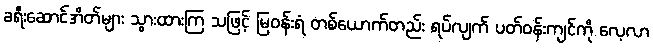
ခရီးဆောင်အိတ်များ သွားထားကြ သဖြင့် မြဝန်းရံ တစ်ယောက်တည်း ရပ်လျက် ပတ်ဝန်းကျင်ကို လေ့လာ